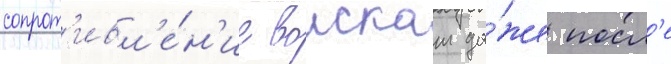
сопрот'ивл'е́н'ие воискам да́же посл'е